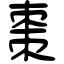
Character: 棗